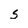
Character: S